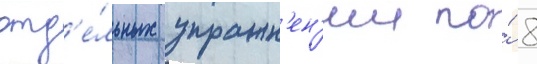
отд'е́льных упражн'ен'ии по́ 8